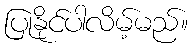
ပြုနိုင်ပါလိမ့်မည်။